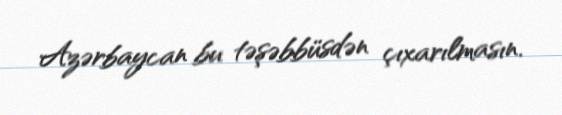
Azərbaycan bu təşəbbüsdən çıxarılmasın.